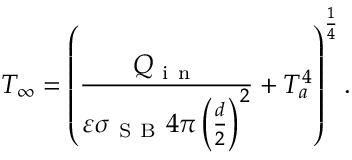
T _ { \infty } = \left( \frac { Q _ { \mathrm { ~ i ~ n ~ } } } { \varepsilon \sigma _ { \mathrm { ~ S ~ B ~ } } 4 \pi \left( \frac { d } { 2 } \right) ^ { 2 } } + T _ { a } ^ { 4 } \right) ^ { \frac { 1 } { 4 } } .